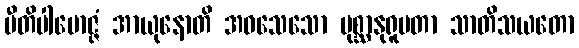
ပီတိပါမောဇ္ဇံ အာယုနောတိ အဝသေသော ပုစ္ဆာနုရူပတာ သာတိသယတော